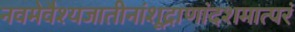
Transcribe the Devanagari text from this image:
नवमेवैश्यजातीनांशूद्राणांदशमात्परं